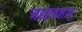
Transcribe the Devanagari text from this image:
अदृष्टवशात्‌